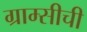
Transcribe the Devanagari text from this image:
ग्राम्सीची